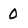
Character: 0